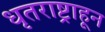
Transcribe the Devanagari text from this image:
धृतराष्ट्राहून